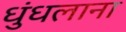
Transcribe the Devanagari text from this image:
धुंधलाना